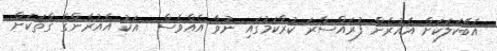
އެބޭކަލަކަށް އެއުރެން ފުރައްސާރަ ކުރާކަމުގައި ނުވާ އެއްވެސް  އަކު އެއުރެންގެ ގާތަކަށް